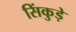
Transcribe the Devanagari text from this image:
सिंकुड़े